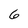
Character: 6